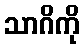
သာဂိကို